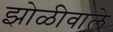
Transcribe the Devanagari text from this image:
झोळीवाले